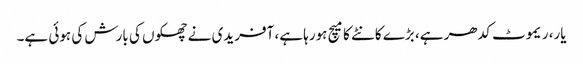
یار، ریموٹ کدھر ہے، بڑے کانٹے کا میچ ہورہا ہے، آفریدی نے چھکوں کی بارش کی ہوئی ہے۔